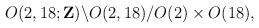
LaTeX: \begin{align*}O(2,18;{\bf Z}) \backslash O(2,18) / O(2) \times O(18),\end{align*}